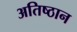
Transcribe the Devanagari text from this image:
अतिष्ठान